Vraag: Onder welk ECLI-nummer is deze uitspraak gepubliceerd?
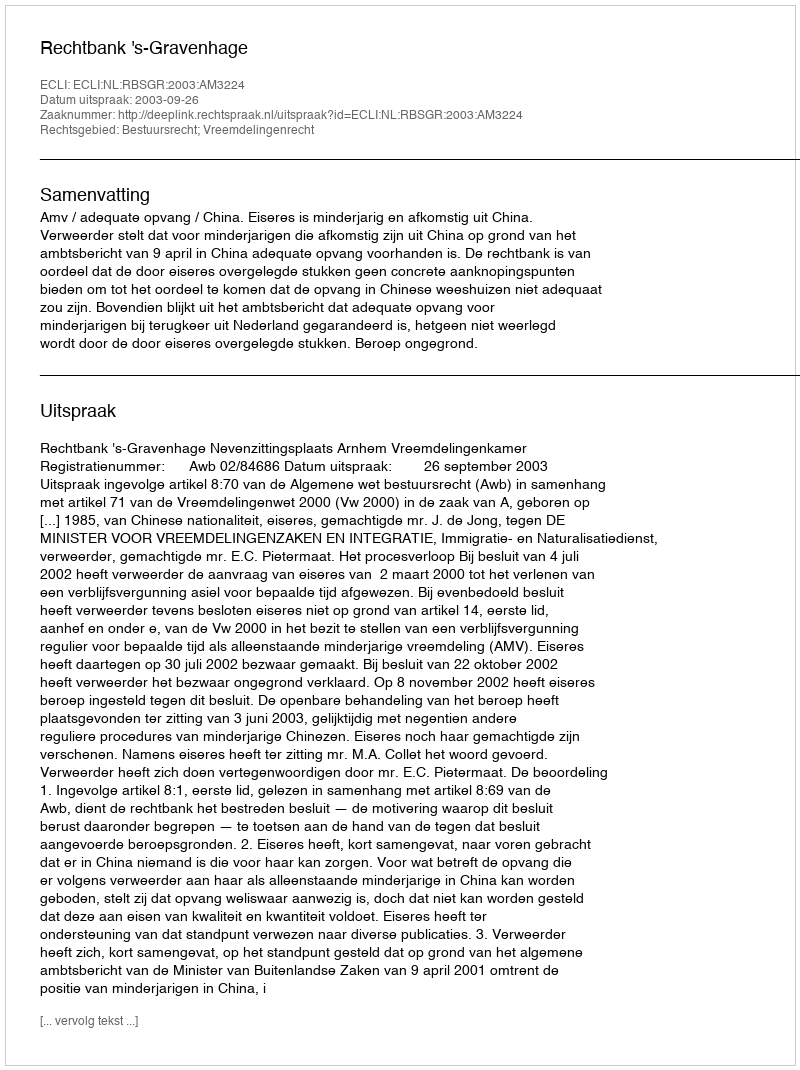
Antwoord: ECLI:NL:RBSGR:2003:AM3224